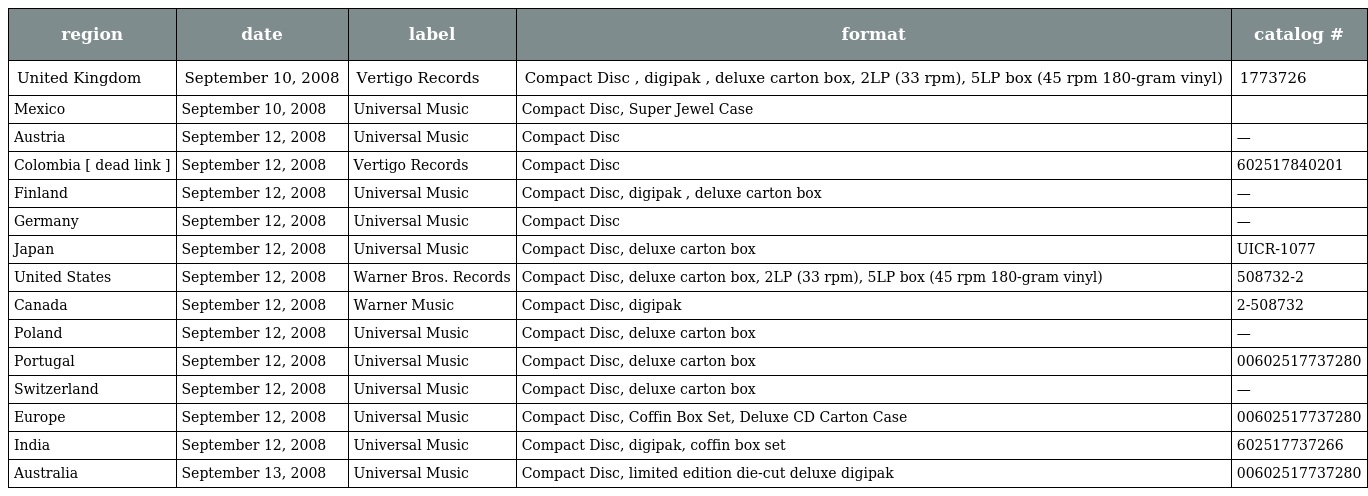
| region | date | label | format | catalog # |
 | --- | --- | --- | --- | --- |
 | United Kingdom | September 10, 2008 | Vertigo Records | Compact Disc , digipak , deluxe carton box, 2LP (33 rpm), 5LP box (45 rpm 180-gram vinyl) | 1773726 |
 | Mexico | September 10, 2008 | Universal Music | Compact Disc, Super Jewel Case |  |
 | Austria | September 12, 2008 | Universal Music | Compact Disc | — |
 | Colombia [ dead link ] | September 12, 2008 | Vertigo Records | Compact Disc | 602517840201 |
 | Finland | September 12, 2008 | Universal Music | Compact Disc, digipak , deluxe carton box | — |
 | Germany | September 12, 2008 | Universal Music | Compact Disc | — |
 | Japan | September 12, 2008 | Universal Music | Compact Disc, deluxe carton box | UICR-1077 |
 | United States | September 12, 2008 | Warner Bros. Records | Compact Disc, deluxe carton box, 2LP (33 rpm), 5LP box (45 rpm 180-gram vinyl) | 508732-2 |
 | Canada | September 12, 2008 | Warner Music | Compact Disc, digipak | 2-508732 |
 | Poland | September 12, 2008 | Universal Music | Compact Disc, deluxe carton box | — |
 | Portugal | September 12, 2008 | Universal Music | Compact Disc, deluxe carton box | 00602517737280 |
 | Switzerland | September 12, 2008 | Universal Music | Compact Disc, deluxe carton box | — |
 | Europe | September 12, 2008 | Universal Music | Compact Disc, Coffin Box Set, Deluxe CD Carton Case | 00602517737280 |
 | India | September 12, 2008 | Universal Music | Compact Disc, digipak, coffin box set | 602517737266 |
 | Australia | September 13, 2008 | Universal Music | Compact Disc, limited edition die-cut deluxe digipak | 00602517737280 |